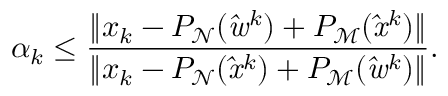
\alpha _ { k } \leq \frac { \| x _ { k } - P _ { \mathrm { \mathcal { N } } } ( \mathit { \hat { w } } ^ { k } ) + P _ { \mathrm { \mathcal { M } } } ( \mathit { \hat { x } } ^ { k } ) \| } { \| x _ { k } - P _ { \mathrm { \mathcal { N } } } ( \mathit { \hat { x } } ^ { k } ) + P _ { \mathrm { \mathcal { M } } } ( \mathit { \hat { w } } ^ { k } ) \| } .